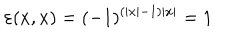
LaTeX: \varepsilon ( x , x ) = ( - 1 ) ^ { ( \left| x \right| - 1 ) \left| x \right| } = 1